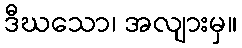
ဒီဃသော၊ အလျားမှ။